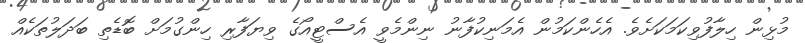
މުޅިން ހިލާފުވިކަމަކަށެވެ. އެހެންކަމުން އެމަނިކުފާނު ނިންމެވީ އެސްޓީއޯގެ ވިޔަފާރި ހިންގުމަށް ބޮޑެތި ބަދަލުތަކެއް